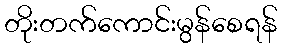
တိုးတက်ကောင်းမွန်စေရန်